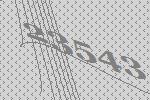
23543